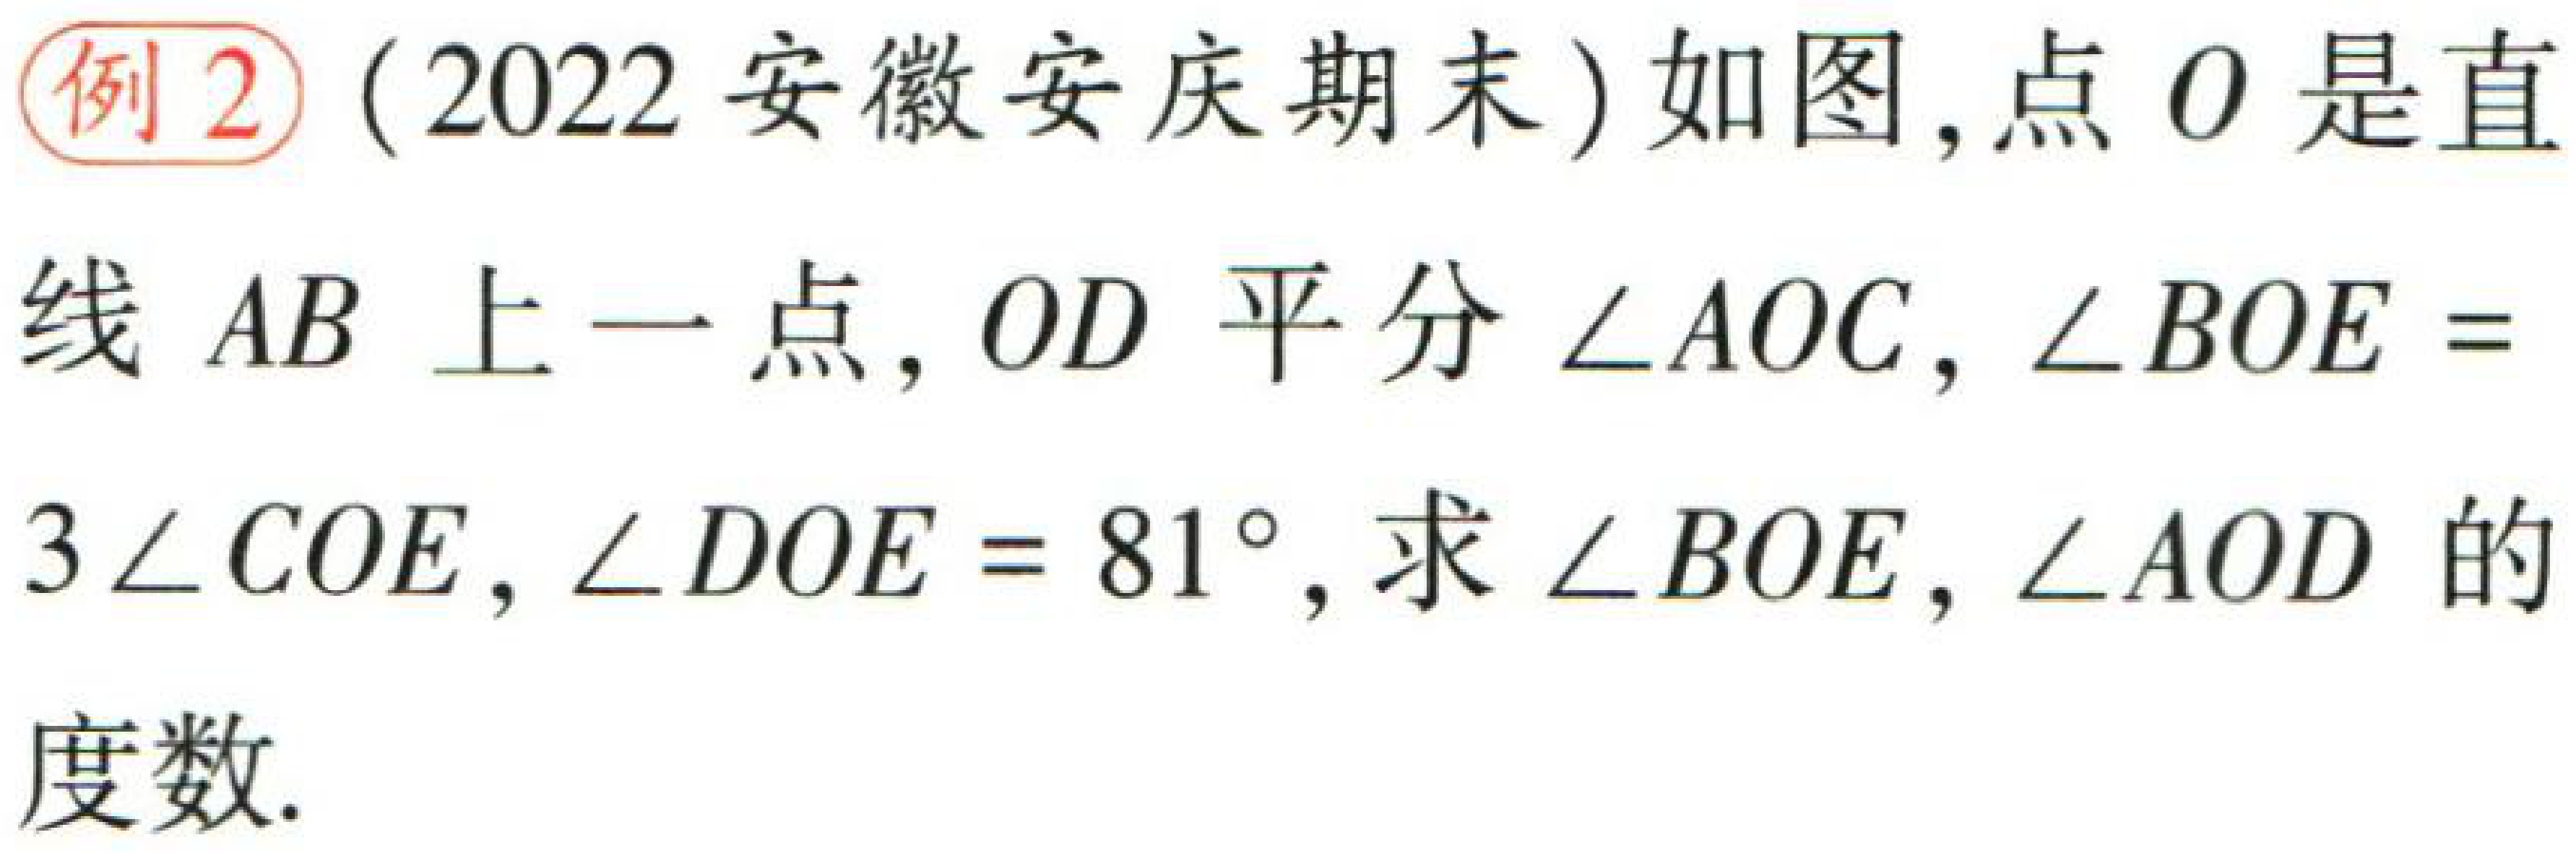
例2（2022安徽安庆期末）如图，点\(O\)是直线\(AB\)上一点，\(OD\)平分\(\angle AOC\)，\(\angle BOE = 3\angle COE\)，\(\angle DOE = 81^{\circ}\)，求\(\angle BOE\)，\(\angle AOD\)的度数.